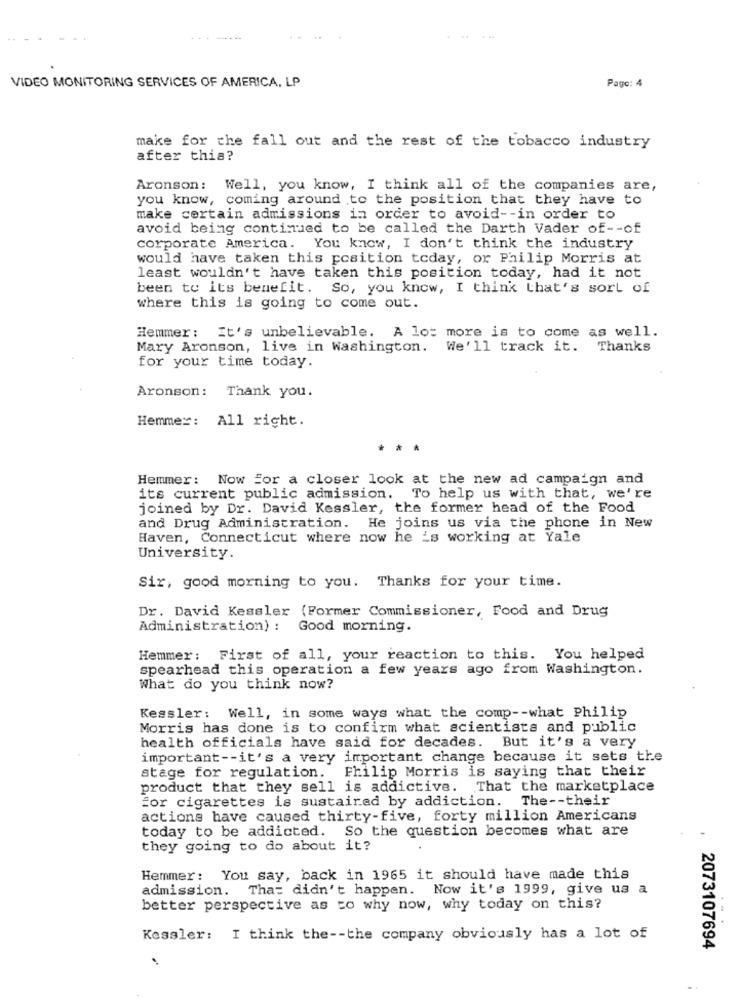
VIDEO MONITORING SERVICES OF AMERICA, LP
Pago: 4
make for the fall out and the rest of the tobacco industry
after this?
Aronson :
Well, you know, I think all of the companies are,
you know, coming around to the position that they have to
make certain admissions in order to avoid -- in order to
avoid being continued to be called the Darth Vader of -- of
corporate America. You know, I don't think the industry
would have taken this position today, or Philip Morris at
least wouldn't have taken this position today, had it not
been to its benefit. So, you know, I think that's sort of
where this is going to come out.
Hemmer: It's unbelievable. A lot more is to come as well.
Mary Aronson, live in Washington. We'll track it. Thanks
for your time today.
Aronson :
Thank you.
Hemmer: All right.
***
Hemmer: Now For a closer look at the new ad campaign and
its current public admission. To help us with that, we're
joined by Dr. David Kessler, the former head of the Food
and Drug Administration. He joins us via the phone in New
Haven, Connecticut where now he is working at Yale
University.
Sir, good morning to you. Thanks for your time.
Dr. David Kessler (Former Commissioner, Food and Drug
Administration) : Good morning.
Hemmer: First of all, your reaction to this. You helped
spearhead this operation a few years ago from Washington.
What do you think now?
Kessler: Well, in some ways what the comp -- what Philip
Morris has done is to confirm what scientists and public
health officials have said for decades. But it's a very
important -- it's a very important change because it sets the
stage for regulation. Fhilip Morris is saying that their
product that they sell is addictive. That the marketplace
for cigarettes is sustained by addiction. The -- their
actions have caused thirty-five, forty million Americans
today to be addicted. So the question becomes what are
they going to do about it?
Hemmer: You say, back in 1965 it should have made this
admission. That didn't happen. Now it's 1999, give us a
better perspective as to why now, why today on this?
Kessler: I think the -- the company obviously has a lot of
2073107694